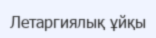
Летаргиялық ұйқы